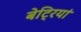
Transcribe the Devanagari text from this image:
बेट्रियां